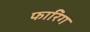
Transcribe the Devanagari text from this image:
फारिग